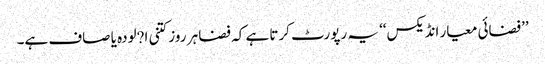
’’فضائی معیار انڈیکس‘‘ یہ رپورٹ کرتا ہے کہ فضا ہر روز کتنی ا?لودہ یا صاف ہے۔